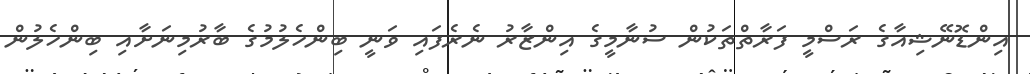
އިންޑޮނޭޝިއާގެ ރަސްމީ ފަރާތްތަކުން ސުނާމީގެ އިންޒާރު ނެރެފައި ވަނީ ބިންހެލުމުގެ ބާރުމިނަށާއި ބިންހެލުން